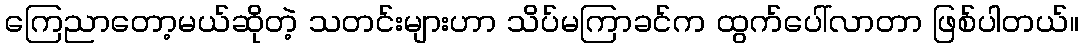
ကြေညာတော့မယ်ဆိုတဲ့ သတင်းများဟာ သိပ်မကြာခင်က ထွက်ပေါ်လာတာ ဖြစ်ပါတယ်။